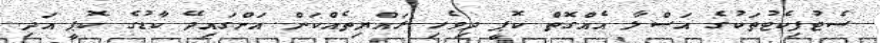
ސެޓުފިކެޓުތަކުގެ އަސްލާ އެއްގޮތް ކޮޕީ ދިވެހި ރައްޔިތެއްކަން އަންގައިދޭ ކާޑުގެ ކޮޕީ އަދި